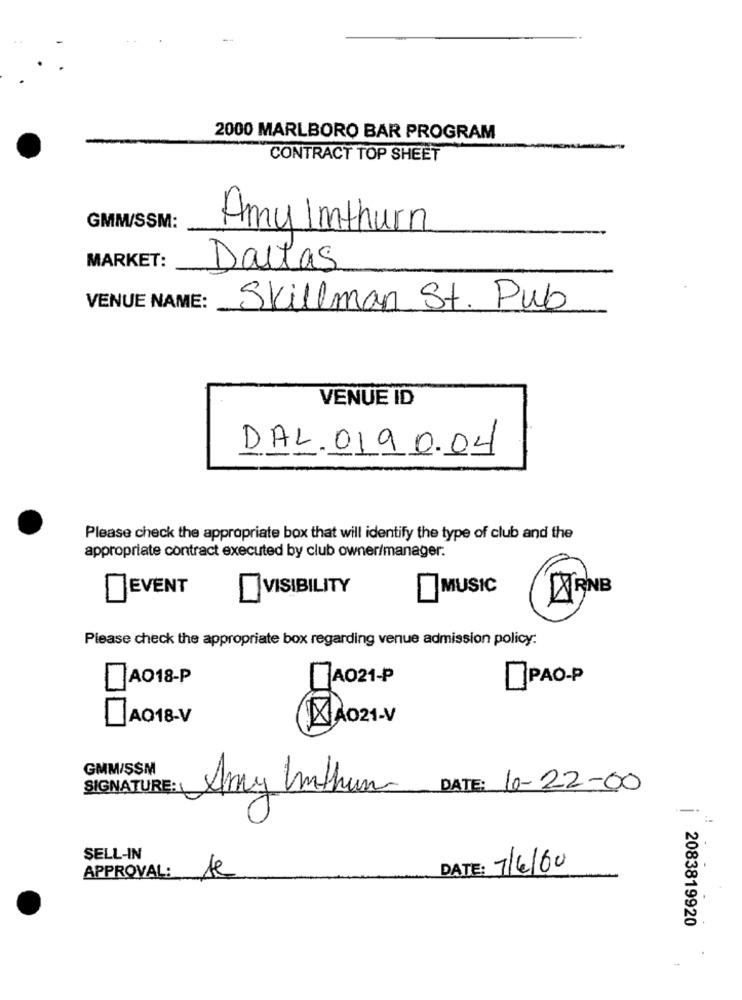
2000 MARLBORO BAR PROGRAM
CONTRACT TOP SHEET
GMM/SSM:
Amy Imthurn
MARKET:
Dallas
VENUE NAME:
Skillman St. Pub
VENUE ID
DAL. 0190.04
Please check the appropriate box that will identify the type of club and the
appropriate contract executed by club owner/manager.
EVENT
]MUSIC
ARNE
VISIBILITY
Please check the appropriate box regarding venue admission policy:
AO18-P
A021-P
ПРАО-Р
JAQ18-V
XAO21-V
GMM/ŞSM
SIGNATURE:1
Any Unthun
DATE: 10-22-00
SELL-IN
APPROVAL:
DATE: 7/6/60
2083819920